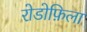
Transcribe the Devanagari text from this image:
रोडोफ़िला